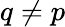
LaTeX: q\neq p